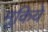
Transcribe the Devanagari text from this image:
मूकिये